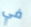
في